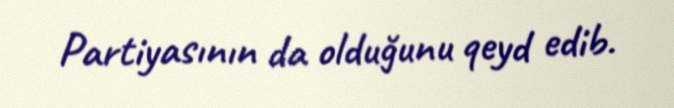
Partiyasının da olduğunu qeyd edib.